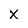
Character: x